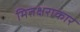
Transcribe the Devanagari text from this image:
मितक्षराकार